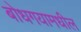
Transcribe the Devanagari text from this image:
बोधगयामधील